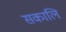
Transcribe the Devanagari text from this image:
सकालि